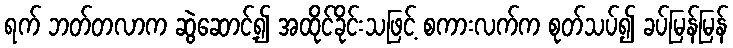
ရက် ဘတ်တလာက ဆွဲဆောင့်၍ အထိုင်ခိုင်းသဖြင့် စကားလက်က စုတ်သပ်၍ ခပ်မြန်မြန်